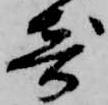
寄